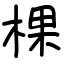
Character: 棵